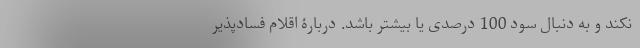
نکند و به دنبال سود 100 درصدی یا بیشتر باشد. دربارۀ اقلام فسادپذیر